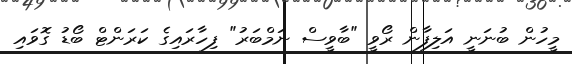
މީހުން ބުނަނީ އަލިފާން ރޯވީ "ބާވީސް ނަމްބަރު" ފިހާރައިގެ ކަރަންޓް ބޯޑު ގޮވައި